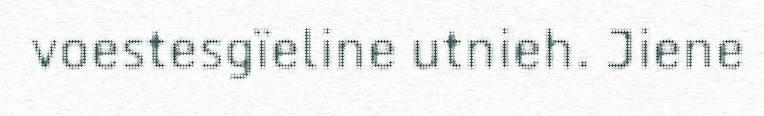
voestesgïeline utnieh. Jiene